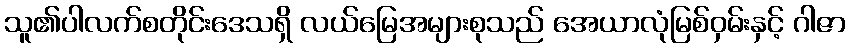
သူ၏ပါလက်စတိုင်းဒေသရှိ လယ်မြေအများစုသည် အေယာလုံမြစ်ဝှမ်းနှင့် ဂါဇာ